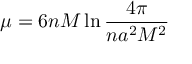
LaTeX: \mu = 6 n M \ln \frac { 4 \pi } { n a ^ { 2 } M ^ { 2 } }